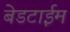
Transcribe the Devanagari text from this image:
बेडटाईम